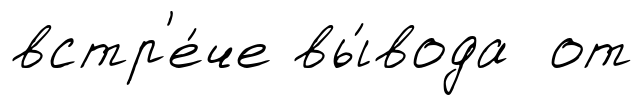
встр'е́че вы́вода от